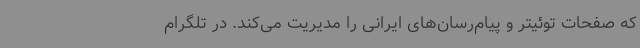
که صفحات توئیتر و پیام‌رسان‌های ایرانی را مدیریت می‌کند. در تلگرام